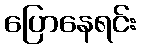
ပြောနေရင်း